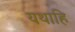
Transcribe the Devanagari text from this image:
यथाहि